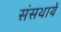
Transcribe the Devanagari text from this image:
संसथायें